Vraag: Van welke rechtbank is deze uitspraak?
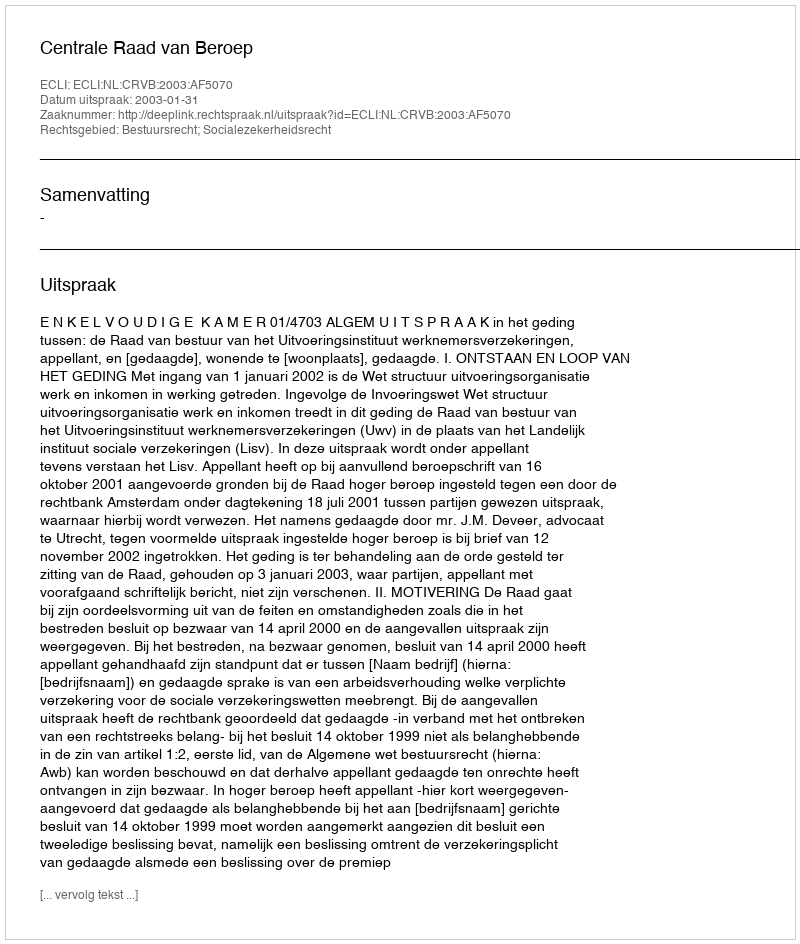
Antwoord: Centrale Raad van Beroep